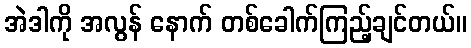
အဲဒါကို အလွန် နောက် တစ်ခေါက်ကြည့်ချင်တယ်။